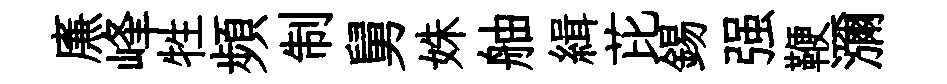
㢘峰牲頻制舅姝舳緝芘錫强鞭瀰